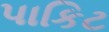
પાકિટ